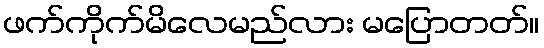
ဖက်ကိုက်မိလေမည်လား မပြောတတ်။